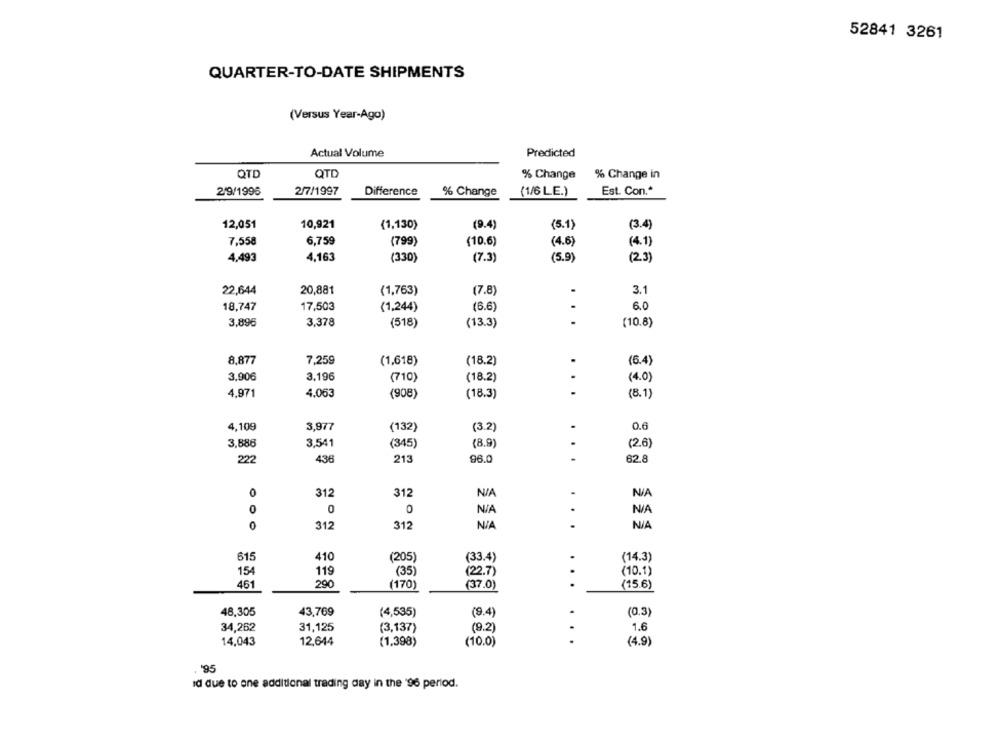
52841 3261
QUARTER-TO-DATE SHIPMENTS
(Versus Year-Ago)
Actual Volume
Predicted
QTD
QTD
% Change
% Change in
2/9/1996
2/7/1997
Difference
% Change
(1/6 LE.)
Est. Con .*
12,051
10,921
(1,130)
(9.4)
(5.1)
(3.4)
7,558
6,759
(799)
(10.6)
(4.6]
(4.1)
4,493
4,163
(330)
(7.3)
(5.9)
(2)
22,644
20,881
3.1
(1,763)
(7.8)
18,747
17,503
(1,244)
(6.6)
6.0
3,896
3,378
(518)
(13.3)
(10.8)
8,877
7,259
(1,618)
(18.2)
(6.4)
3,906
3,196
(710)
(18.2)
(4.0)
4,971
4.063
(8.1)
(908)
(18.3)
4.109
3,977
(132)
(3.2)
0.6
3,886
3,541
(345)
(8.9)
(2.6)
222
436
213
96.0
62.8
0
312
312
0
0
0
0
312
312
615
410
(205)
(33.4)
(14.3)
154
119
(10.1)
(35)
(22.7)
461
290
(170)
(37.0)
...
(15.6)
48,305
43,769
(4,535)
(9.4)
(0.3)
34,262
31,125
(3,137)
(9.2)
1.6
...
14,043
12,644
(1,398)
(10.0)
(4.9)
, '95
Id due to one additional trading day in the '96 period.